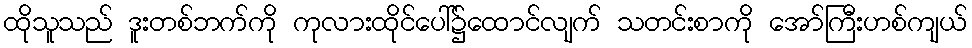
ထိုသူသည် ဒူးတစ်ဘက်ကို ကုလားထိုင်ပေါ်၌ထောင်လျက် သတင်းစာကို အော်ကြီးဟစ်ကျယ်